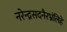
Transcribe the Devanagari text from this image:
नरेन्द्रसदनैरभ्रंलिहे